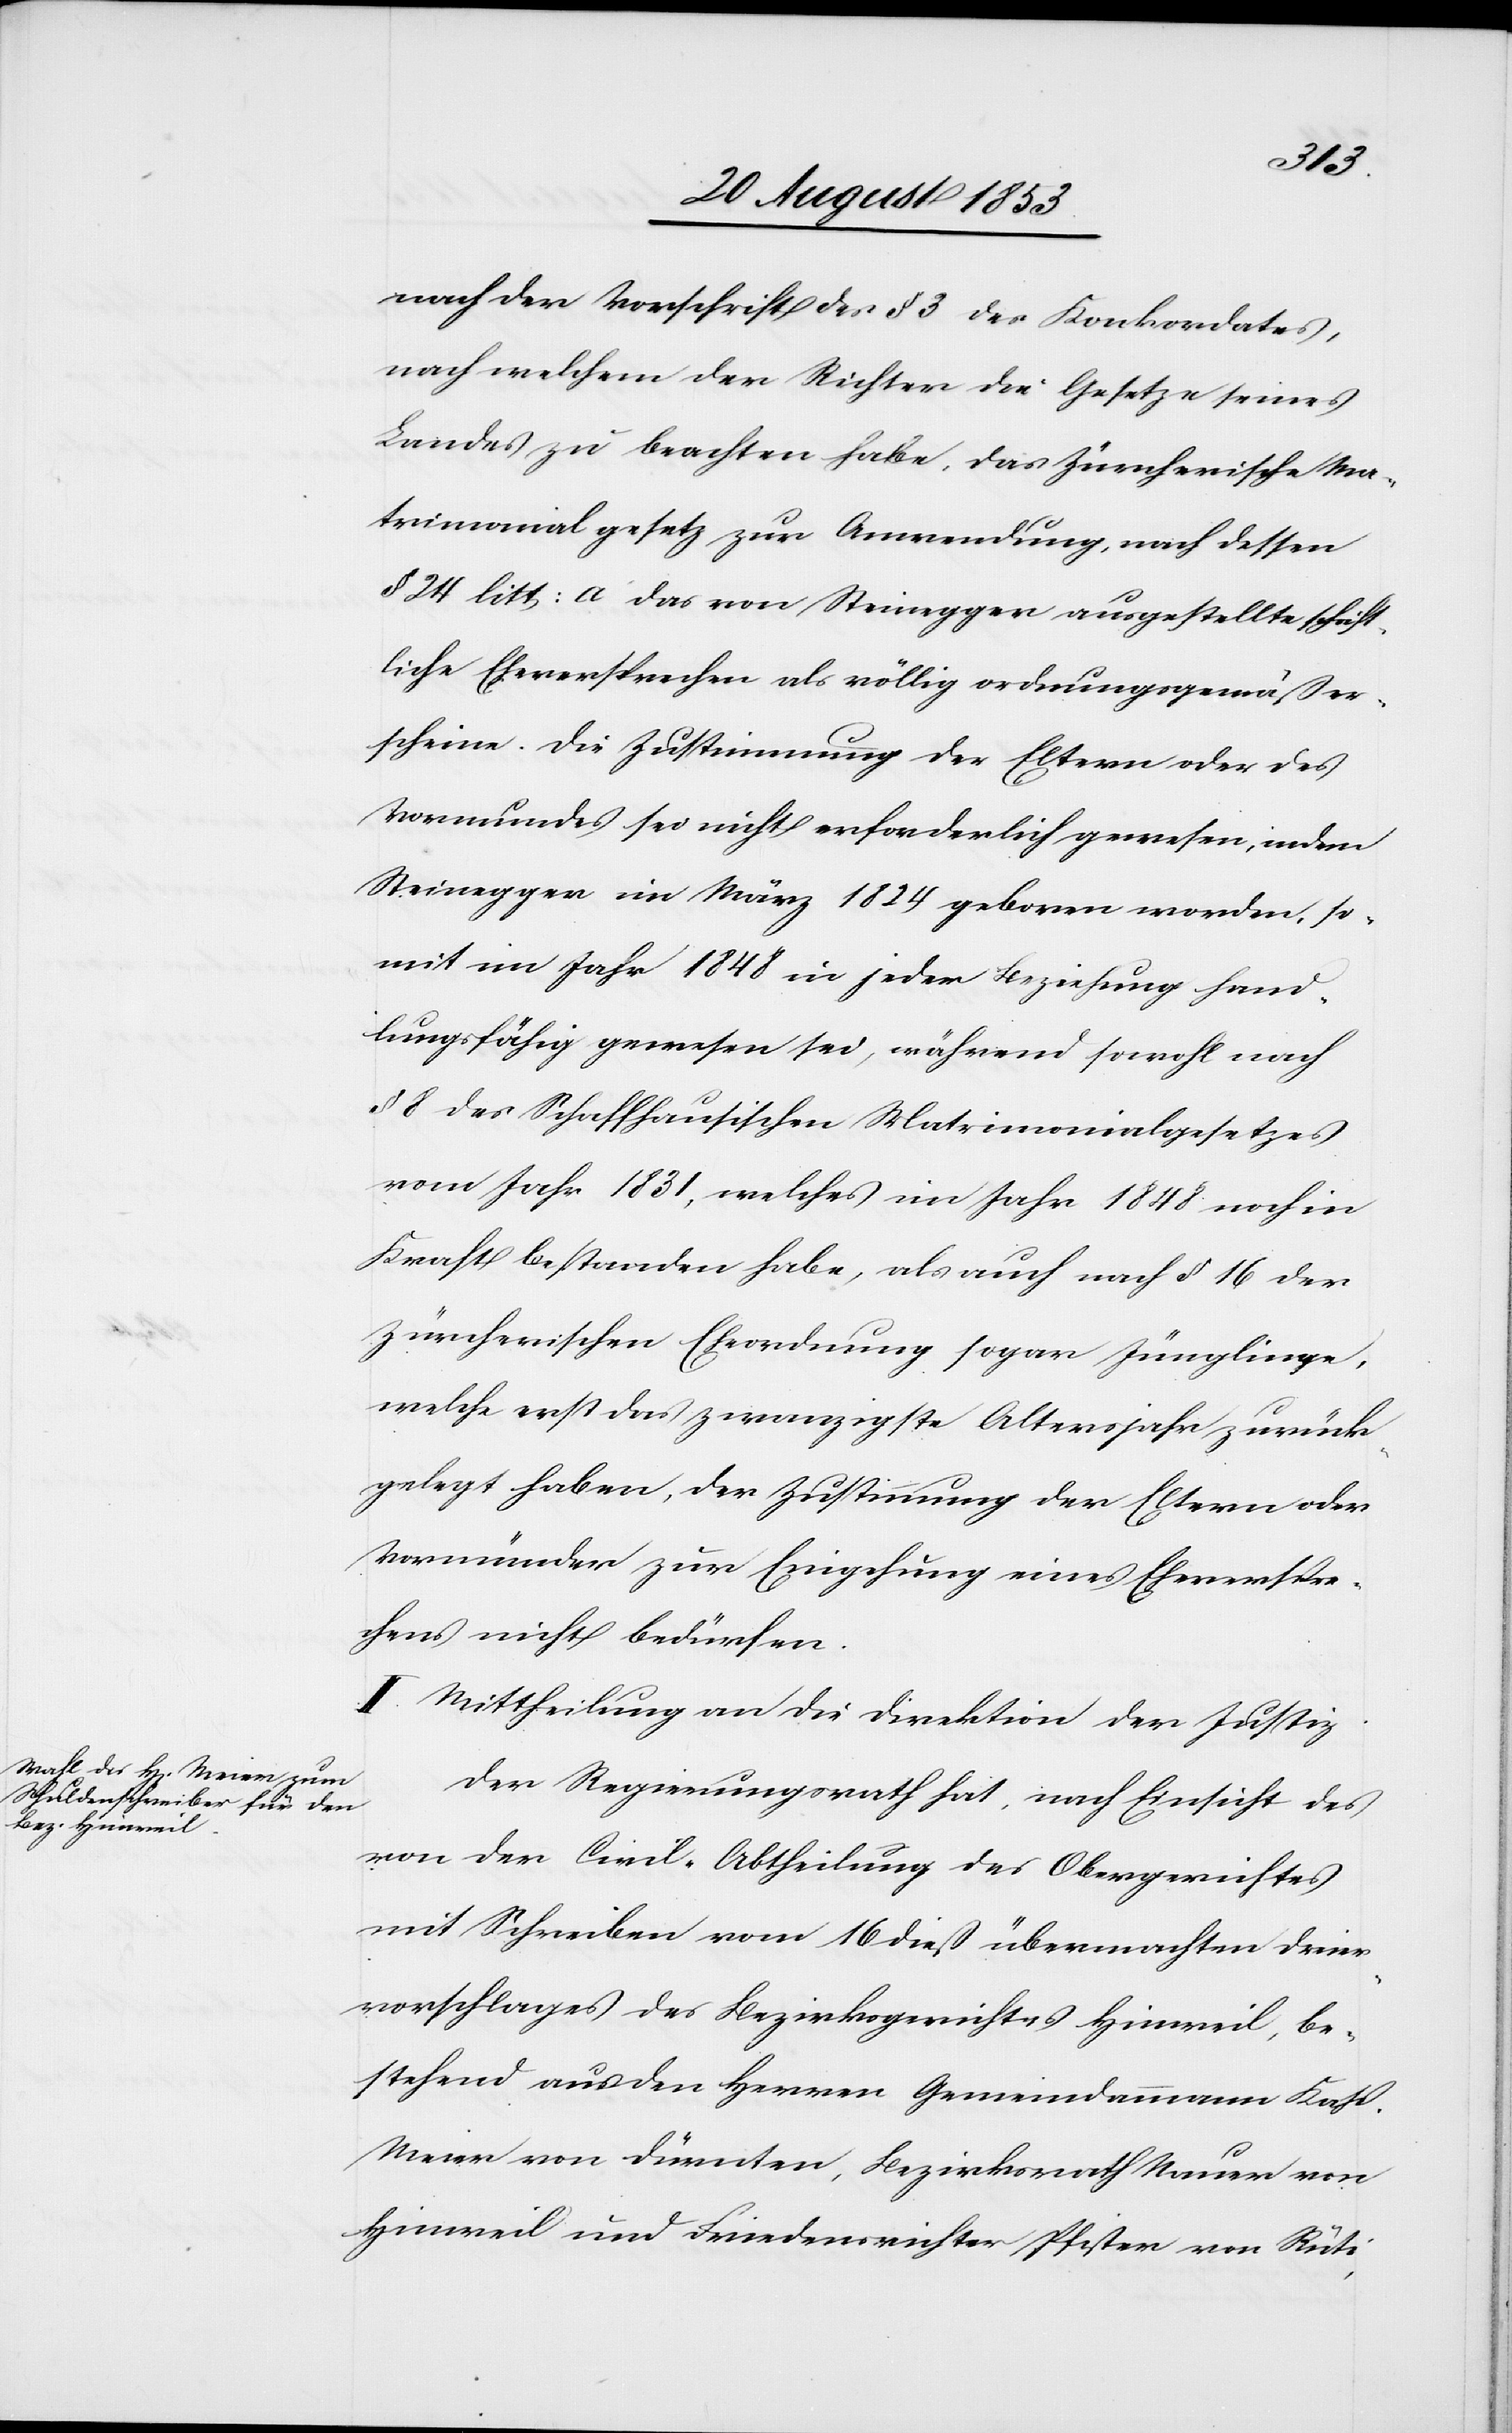
so¬
nach der Vorschrift des § 3 des Konkordates,
nach welchem der Richter die Gesetze seines
Landes zu beachten habe, das Zürcherische Ma¬
trimonialgesetz zur Anwendung, nach dessen
§ 24 litt: a das von Steinegger ausgestellte schrift¬
liche Eheversprechen als völlig ordnungsgemäß er¬
scheine. Die Zustimmung der Eltern oder des
Vormundes sei nicht erforderlich gewesen, indem
Steinegger im März 1824 geboren worden sei,
mit im Jahre 1848 in jeder Beziehung hand¬
lungsfähig gewesen sei, während sowohl nach
§ 8 des Schaffhausischen Matrimonialgesetzes
vom Jahr 1831, welches im Jahr 1848 noch in
Kraft bestanden habe, als auch nach § 16 der
Zürcherischen Eheordnung sogar Jünglinge,
welche erst das zwanzigste Altersjahr zurück¬
gelegt haben, der Zustimmung der Eltern oder
Vormünder zur Einziehung eines Eheverspre¬
chens nicht bedürfen.
II. Mittheilung an die Direktion der Justiz.
Der Regierungsrath hat nach Einsicht des
von der Civil-Abtheilung des Obergerichtes
mit Schreiben vom 16 dieß übermachten Dreier¬
vorschlages des Bezirksgerichtes Hinweil, be¬
stehend aus den Herren Gemeindammann Kasp.
Meier von Dürnten, Bezirksrath Nauer von
Hinweil und Friedensrichter Pfister von Rüti,